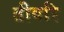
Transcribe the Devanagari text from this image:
तीवरि